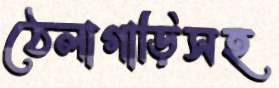
ঠেলাগাড়িসহ